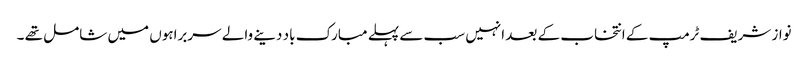
نواز شریف ٹرمپ کے انتخاب کے بعد انہیں سب سے پہلے مبارک باد دینے والے سربراہوں میں شامل تھے ۔